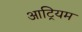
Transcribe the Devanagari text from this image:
आट्रियम